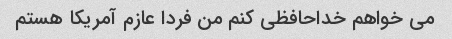
می خواهم خداحافظی کنم من فردا عازم آمریکا هستم